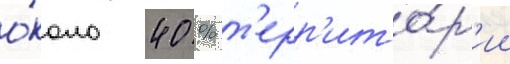
о́коло 40 % т'ерр'ито́р'ии